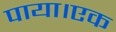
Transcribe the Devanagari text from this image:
पाया।एक